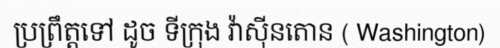
ប្រព្រឹត្តទៅ ដូច ទីក្រុង វ៉ាស៊ីនតោន ( Washington)